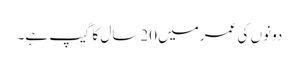
دونوں کی عمرمیں 20سال کا گیپ ہے۔